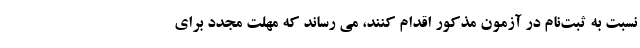
نسبت به ثبت‌نام در آزمون مذکور اقدام کنند، می رساند که مهلت مجدد برای